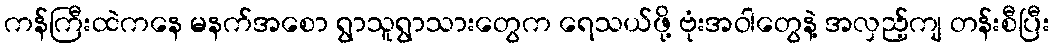
ကန်ကြီးထဲကနေ မနက်အစော ရွာသူရွာသားတွေက ရေသယ်ဖို့ ဗုံးအဝါတွေနဲ့ အလှည့်ကျ တန်းစီပြီး